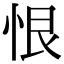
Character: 恨